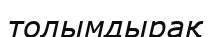
толымдырақ